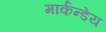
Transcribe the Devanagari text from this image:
मार्कन्डेय